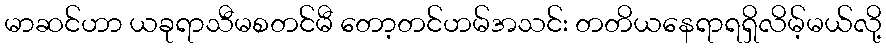
မာဆင်ဟာ ယခုရာသီမစတင်မီ တော့တင်ဟမ်အသင်း တတိယနေရာရရှိလိမ့်မယ်လို့